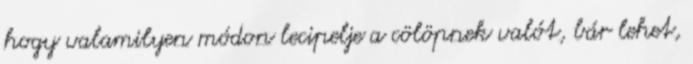
hogy valamilyen módon lecipelje a cölöpnek valót, bár lehet,